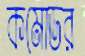
কমোডর